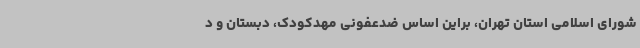
شورای اسلامی استان تهران، براین اساس ضدعفونی مهدکودک‌، دبستان و د